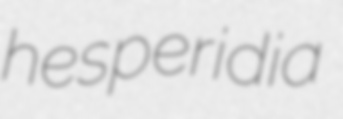
hesperidia